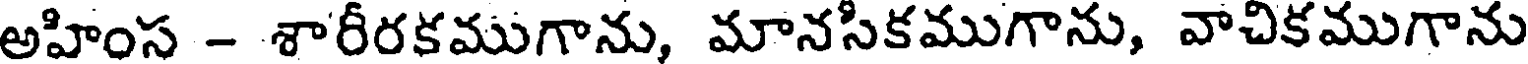
అహింస - శారీరకముగాను, మానసికముగాను, వాచికముగాను